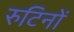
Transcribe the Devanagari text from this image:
रुटिनों